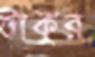
টাকুর